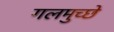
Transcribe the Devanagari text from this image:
गलमुच्छे